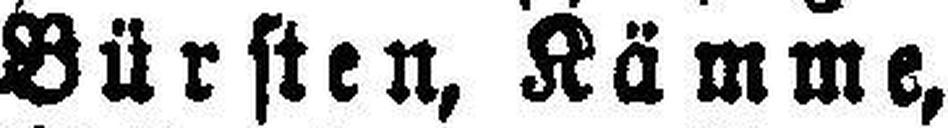
Bürsten, Kämme,